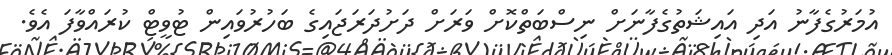
އުމަރުގެފާނު އަދި އައިޝަތުގެފާނަށް ނިސްބަތްކޮށް ވަރަށް ދަށުދަރަޖައިގެ ބަހުރުވައިން ޓުވީޓް ކުރައްވާފަ އެވެ.